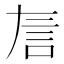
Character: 𬢚